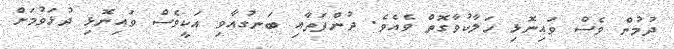
ދުމުން ވެސް ވައިނޮޅި ހަލާކުވާގޮތް ވެއެވެ. ދުންފަތާއި ބަނގުއާވި އަކީވެސް ވައިނޮޅި ދުޅަވުމަށް